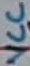
Text: VCC